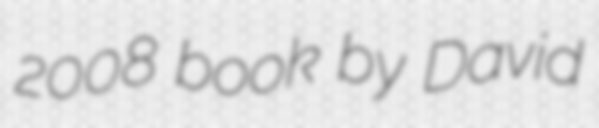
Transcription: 2008 book by David